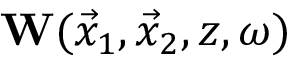
{ \bf W } ( \vec { x } _ { 1 } , \vec { x } _ { 2 } , z , \omega )